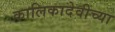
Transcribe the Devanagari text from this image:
कालिकादेवीच्या